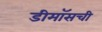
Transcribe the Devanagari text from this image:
डीमॉसची